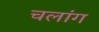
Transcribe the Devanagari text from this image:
चलांग